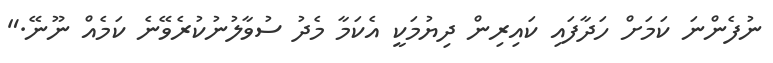
ނުފެންނަ ކަމަށް ހަދާފައި ކައިރިން ދިޔުމަކީ އެކަމާ މެދު ސުވާލުނުކުރެވޭނެ ކަމެއް ނޫނޭ."